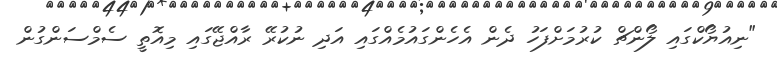
"ނިއުޔޯކްގައި ލޯންޗް ކުރުމަށްފަހު ދެން އެހެންގައުމެއްގައި އަދި ނުކުރޭ ރާއްޖޭގައި މިއޮތީ ސެމްސަންގުން